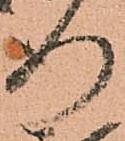
行